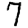
Digit: 7